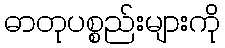
ဓာတုပစ္စည်းများကို